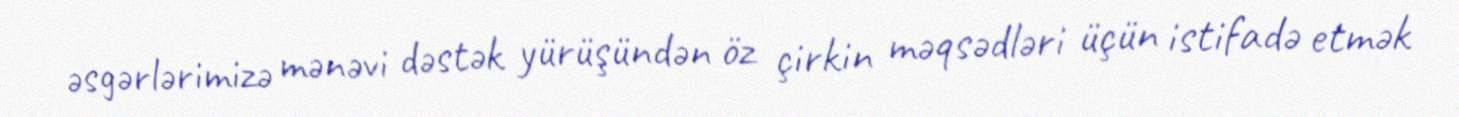
əsgərlərimizə mənəvi dəstək yürüşündən öz çirkin məqsədləri üçün istifadə etmək